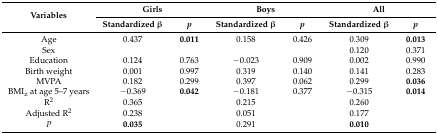
<table><thead><tr><td rowspan="2"><b>Variables</b></td><td colspan="2"><b>Girls</b></td><td colspan="2"><b>Boys</b></td><td colspan="2"><b>All</b></td></tr><tr><td><b>Standardized β</b></td><td><b><i>p</i></b></td><td><b>Standardized β</b></td><td><b><i>p</i></b></td><td><b>Standardized β</b></td><td><b><i>p</i></b></td></tr></thead><tbody><tr><td>Age</td><td>0.437</td><td><b>0.011</b></td><td>0.158</td><td>0.426</td><td>0.309</td><td><b>0.013</b></td></tr><tr><td>Sex</td><td></td><td></td><td></td><td></td><td>0.120</td><td>0.371</td></tr><tr><td>Education</td><td>0.124</td><td>0.763</td><td>−0.023</td><td>0.909</td><td>0.002</td><td>0.990</td></tr><tr><td>Birth weight</td><td>0.001</td><td>0.997</td><td>0.319</td><td>0.140</td><td>0.141</td><td>0.283</td></tr><tr><td>MVPA</td><td>0.182</td><td>0.299</td><td>0.397</td><td>0.062</td><td>0.299</td><td><b>0.036</b></td></tr><tr><td>BMI<sub>z</sub> at age 5–7 years</td><td>−0.369</td><td><b>0.042</b></td><td>−0.181</td><td>0.377</td><td>−0.315</td><td><b>0.014</b></td></tr><tr><td>R<sup>2</sup></td><td>0.365</td><td></td><td>0.215</td><td></td><td>0.260</td><td></td></tr><tr><td>Adjusted R<sup>2</sup></td><td>0.238</td><td></td><td>0.051</td><td></td><td>0.177</td><td></td></tr><tr><td><i>P</i></td><td><b>0.035</b></td><td></td><td>0.291</td><td></td><td><b>0.010</b></td><td></td></tr></tbody></table>